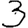
Digit: 3